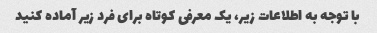
با توجه به اطلاعات زیر، یک معرفی کوتاه برای فرد زیر آماده کنید